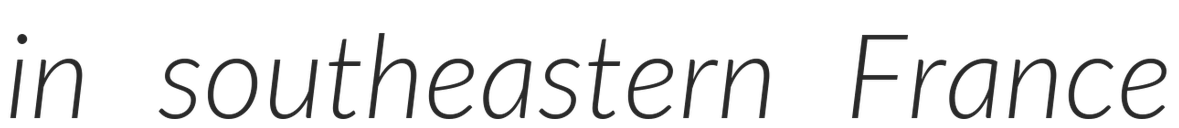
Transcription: in southeastern France